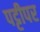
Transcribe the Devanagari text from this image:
पट्टीपर